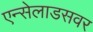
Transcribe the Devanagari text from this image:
एन्सेलाडसवर